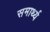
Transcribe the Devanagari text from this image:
समार्थ्य